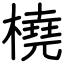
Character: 橈